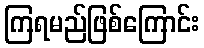
ကြရမည်ဖြစ်ကြောင်း